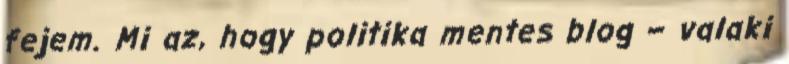
fejem. Mi az, hogy politika mentes blog – valaki